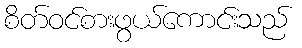
စိတ်ဝင်စားဖွယ်ကောင်းသည်